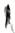
Text: R